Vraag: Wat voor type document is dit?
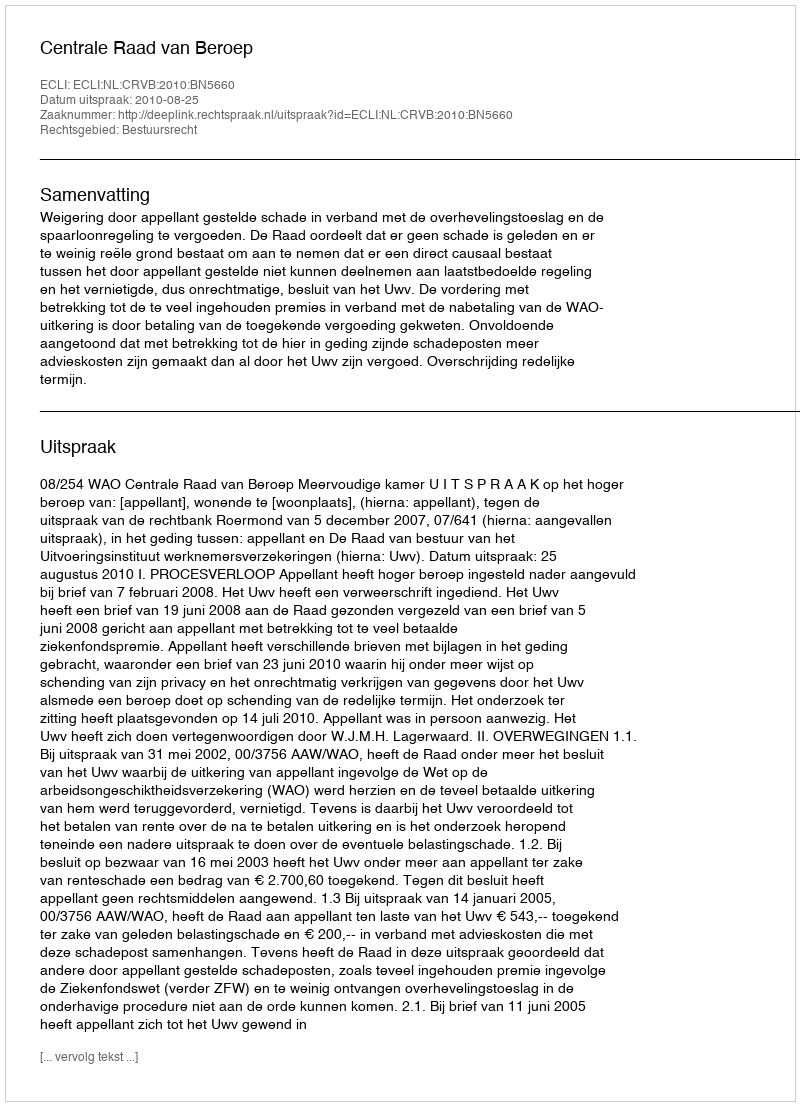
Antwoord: Uitspraak